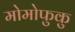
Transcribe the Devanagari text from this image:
मोमोफुकु